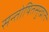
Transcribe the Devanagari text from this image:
सन्तोषितसुरव्रातः